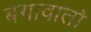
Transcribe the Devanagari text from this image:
बगावातो